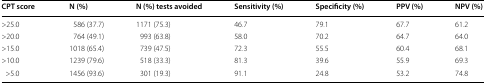
| CPT score | N (%) | N (%) tests avoided | Sensitivity (%) | Specificity (%) | PPV (%) | NPV (%) |
 | --- | --- | --- | --- | --- | --- | --- |
 | >25.0 | 586 (37.7) | 1171 (75.3) | 46.7 | 79.1 | 67.7 | 61.2 |
 | >20.0 | 764 (49.1) | 993 (63.8) | 58.0 | 70.2 | 64.7 | 64.0 |
 | >15.0 | 1018 (65.4) | 739 (47.5) | 72.3 | 55.5 | 60.4 | 68.1 |
 | >10.0 | 1239 (79.6) | 518 (33.3) | 81.3 | 39.6 | 55.9 | 69.3 |
 | >5.0 | 1456 (93.6) | 301 (19.3) | 91.1 | 24.8 | 53.2 | 74.8 |